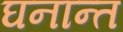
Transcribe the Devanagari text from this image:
घनान्त